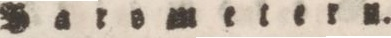
Barsmetern